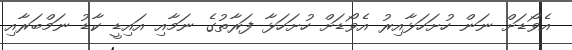
އެވޯޑަށް ނަން ހުށަހަޅާއިރު އެވޯޑަށް ހުށަހަޅާ ފަރާތުގެ ނަމާއި އައިޑީ ކާޑު ނަމްބަރާއި